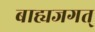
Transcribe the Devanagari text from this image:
बाह्यजगत्